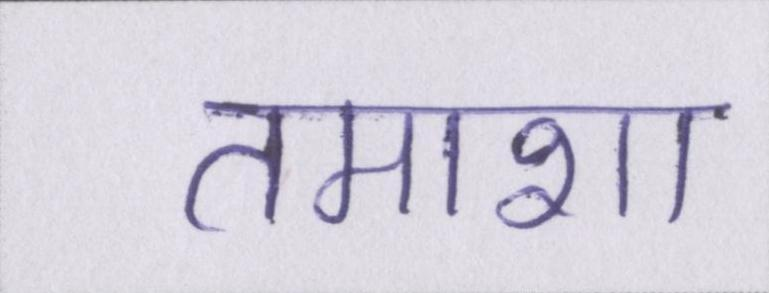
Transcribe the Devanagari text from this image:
तमाशा